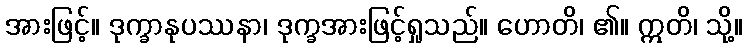
အားဖြင့်။ ဒုက္ခာနုပဿနာ၊ ဒုက္ခအားဖြင့်ရှုသည်။ ဟောတိ၊ ၏။ ဣတိ၊ သို့။